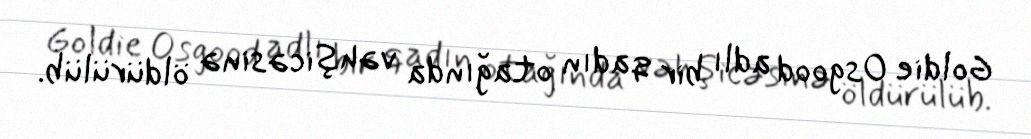
Goldie Osgood adlı bir qadın otağında vəhşicəsinə öldürülüb.